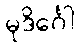
မုဒိင်္ဂေါ